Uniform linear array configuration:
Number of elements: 24
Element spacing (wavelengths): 0.5
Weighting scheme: cosine
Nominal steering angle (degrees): -60
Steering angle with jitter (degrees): -58.09
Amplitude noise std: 0.05
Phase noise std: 0.05

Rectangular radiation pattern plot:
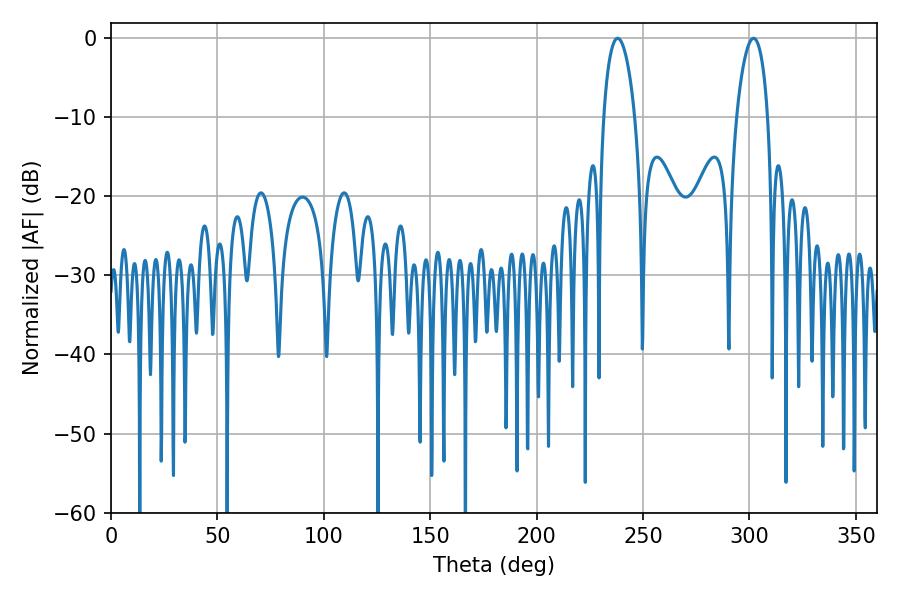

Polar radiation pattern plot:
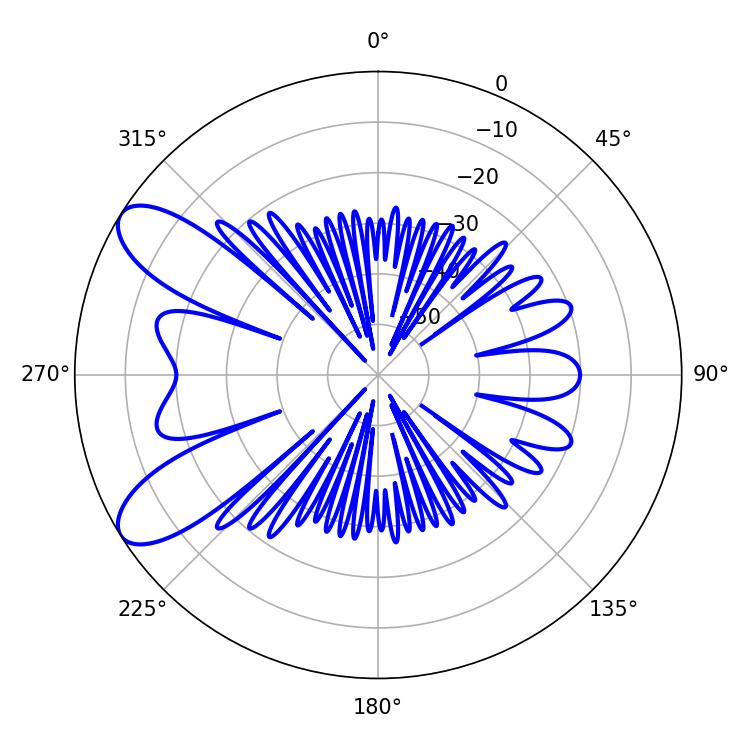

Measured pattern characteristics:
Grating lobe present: FALSE
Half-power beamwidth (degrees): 8.28
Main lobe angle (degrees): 238.14